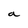
Character: a